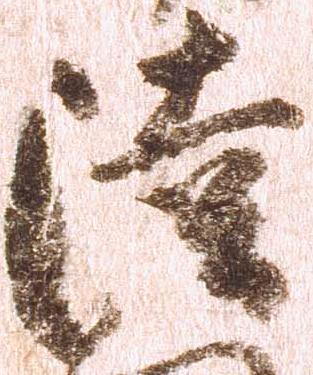
陸